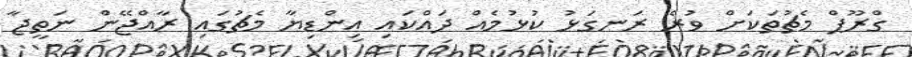
ގްރޫޕް މެޗުތަކަށް ވުރެ ރަނގަޅު ކުޅުމެއް ދައްކައި އިންޑިޔާ މެޗުގައި ރާއްޖޭން ނަތީޖާ